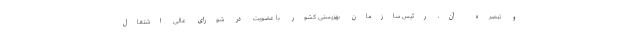
و تبصره آن، رئیس سازمان بهزیستی کشور با عضویت در شورای عالی اشتغال